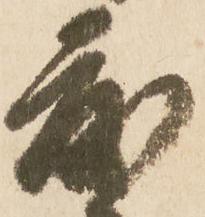
度